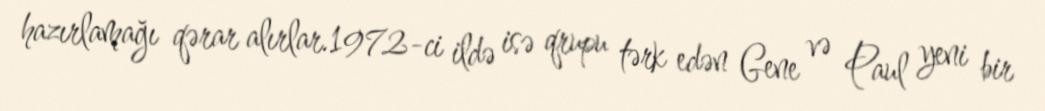
hazırlamağı qərar alırlar.1972-ci ildə isə qrupu tərk edən Gene və Paul yeni bir